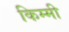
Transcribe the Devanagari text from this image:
किम्मी